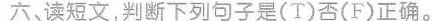
六读短文,判断下列句子是(T)否(F)正确。